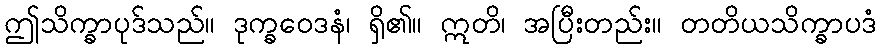
ဤသိက္ခာပုဒ်သည်။ ဒုက္ခဝေဒနံ၊ ရှိ၏။ ဣတိ၊ အပြီးတည်း။ တတိယသိက္ခာပဒံ